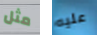
مثل عليه